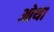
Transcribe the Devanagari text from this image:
ओथा